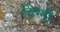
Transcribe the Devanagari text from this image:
दिग्गी